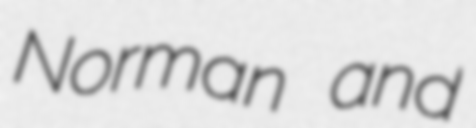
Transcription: Norman and